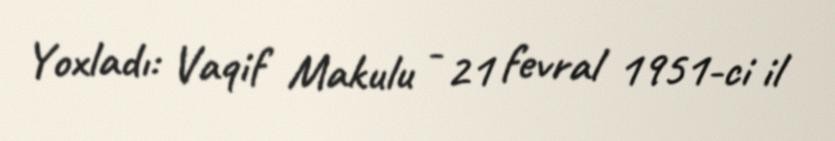
Yoxladı: Vaqif Makulu - 21 fevral 1951-ci il